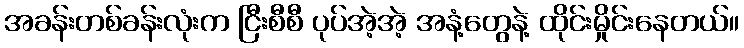
အခန်းတစ်ခန်းလုံးက ငြီးစီစီ ပုပ်အဲ့အဲ့ အနံ့တွေနဲ့ ထိုင်းမှိုင်းနေတယ်။